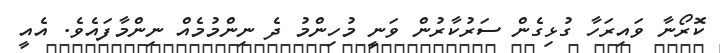
ކޮރޯނާ ވައިރަހާ ގުޅިގެން ސަރުކާރުން ވަނީ މުހިންމު ދެ ނިންމުމެއް ނިންމާފައެވެ. އެއީ